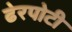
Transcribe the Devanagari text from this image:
ढेरपोटी